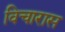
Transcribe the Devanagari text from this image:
विचारास